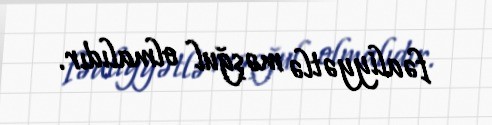
fəaliyyətlə məşğul olmalıdır.